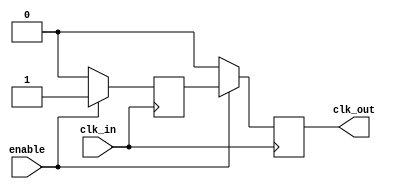
module ClockGatingBuffer (
    input wire clk_in,      // Primary clock signal
    input wire enable,      // Control signal for clock gating
    output reg clk_out      // Gated clock output
);

    // Internal signal to synchronize the gated clock
    reg gated_clk;

    always @(posedge clk_in) begin
        if (enable) begin
            gated_clk <= 1'b1;  // Pass the clock when enabled
        end else begin
            gated_clk <= 1'b0;  // Suppress the clock when disabled
        end
    end

    // Generate the gated clock output
    always @(posedge clk_in) begin
        if (enable) begin
            clk_out <= gated_clk;  // Output follows the input clock when enabled
        end else begin
            clk_out <= 1'b0;        // Output is low when disabled
        end
    end

endmodule